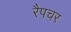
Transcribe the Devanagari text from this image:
रैपचर